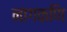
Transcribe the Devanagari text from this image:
नागकणि